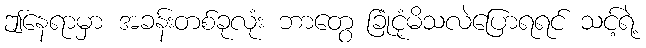
ဤနေရာမှာ အခန်းတစ်ခုလုံး ဘာတွေ ခြုံငုံမိသလဲပြောရရင် သင့်ရဲ့